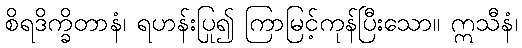
စိရဒိက္ခိတာနံ၊ ရဟန်းပြု၍ ကြာမြင့်ကုန်ပြီးသော။ ဣသီနံ၊